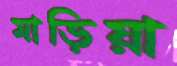
মাড়িয়া